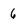
Character: 6